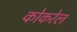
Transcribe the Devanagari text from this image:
कोकरेल